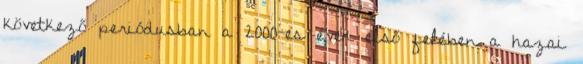
következő periódusban a 2000-es évek első felében a hazai